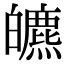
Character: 皫